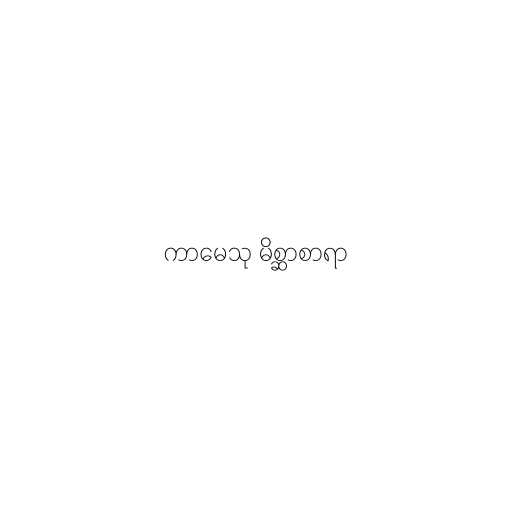
ကာမေသု မိစ္ဆာစာရာ